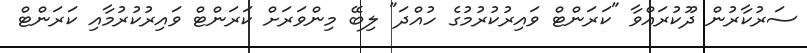
ސަރުކާރުން ދޫކުރައްވާ "ކަރަންޓް ވައިރުކުރުމުގެ ހުއްދަ" ލިބޭ މިންވަރަށް ކަރަންޓް ވައިރުކުރުމާއި ކަރަންޓް